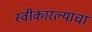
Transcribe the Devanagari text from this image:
स्वीकारल्याचा